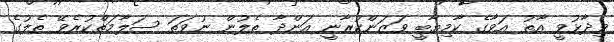
ވިދާޅުވީ އާތު އަވާގެ ކާމިޔާބީ ވަޒަންކުރާނީ އަންދާ ތެލުން ނުވަތަ ސަލާމަތްކުރެވޭ ތެލުގެ